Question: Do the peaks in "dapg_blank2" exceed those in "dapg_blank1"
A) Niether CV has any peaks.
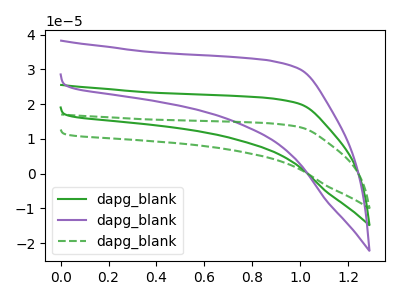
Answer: <think>The green curve "dapg_blank1" has no peaks. The purple curve "dapg_blank2" has no peaks. The green dashed curve "dapg_blank3" has no peaks.</think>
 <answer>A) Niether CV has any peaks.</answer>
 <eval>A</eval>